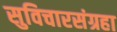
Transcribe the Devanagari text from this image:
सुविचारसंग्रहा